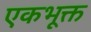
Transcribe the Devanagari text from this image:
एकभूक्त